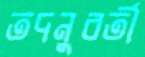
তদনুবর্তী